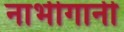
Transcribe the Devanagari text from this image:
नाभीगानी